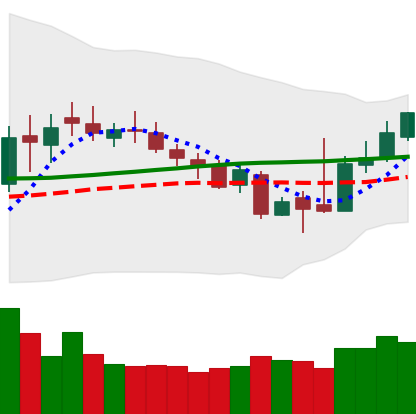
Ticker: XLM-USD
Chart end date: 2018-11-05
Forward return: 5.963%
Label: up_5_7